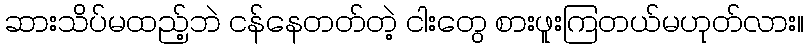
ဆားသိပ်မထည့်ဘဲ ငန်နေတတ်တဲ့ ငါးတွေ စားဖူးကြတယ်မဟုတ်လား။